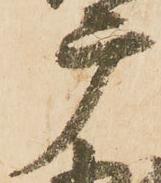
广